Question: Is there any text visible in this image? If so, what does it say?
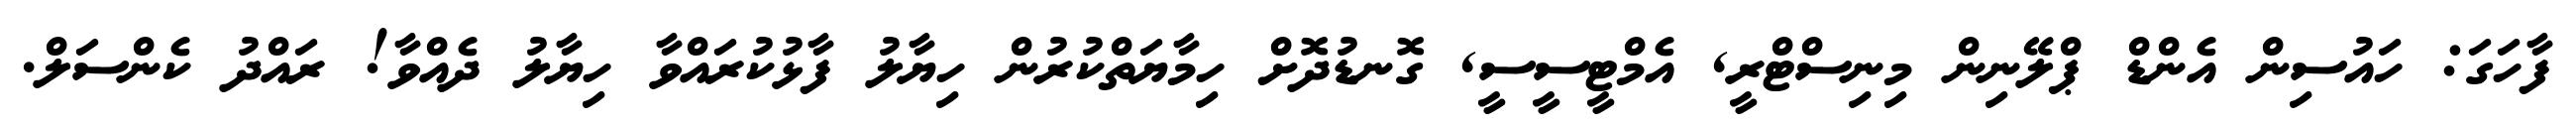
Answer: ފާހަގަ: ހައުސިން އެންޑް ޕްލޭނިން މިނިސްޓްރީ, އެމްޓީސީސީ, ގޮނޑުދޮށް ހިމާޔަތްކުރުން ހިޔާލު ފާޅުކުރައްވާ ހިޔާލު ދެއްވާ! ރައްދު ކެންސަލް.